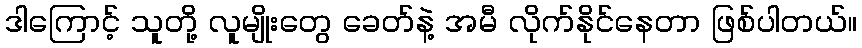
ဒါကြောင့် သူတို့ လူမျိုးတွေ ခေတ်နဲ့ အမီ လိုက်နိုင်နေတာ ဖြစ်ပါတယ်။